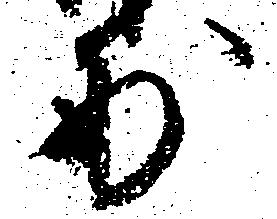
妙